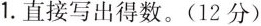
1.直接写出得数。(12分)